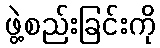
ဖွဲ့စည်းခြင်းကို